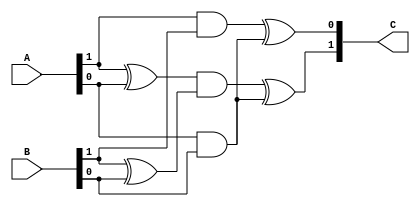
module mul_GF2_2(A,B,C);	//GF(2^2)

	input [1:0] A, B;
	output [1:0] C;

	assign C = { ((A[1]^A[0])&(B[1]^B[0]))^(A[0]&B[0]) , (A[1]&B[1])^(A[0]&B[0]) };

endmodule

module mul_GF2_4(A,B,C);	//GF(2^2^2)

	input [3:0] A, B;
	output [3:0] C;

	wire [1:0] b1, b2, c1, c2, c3, d1, d2, d3;

	assign b1 = A[3:2] ^ A[1:0];
	assign b2 = B[3:2] ^ B[1:0];

	mul_GF2_2 mul0(A[3:2], B[3:2], c1);
	mul_GF2_2 mul1(b1, b2, c2);
	mul_GF2_2 mul2(A[1:0], B[1:0], c3);

	assign d1 = {(c1[1]^c1[0]),c1[1]}  ;
	assign d2 = c2 ^ c3;
	assign d3 = d1 ^ c3;

	assign C = { d2, d3 };

endmodule

module x_invrs(A, B);		//4bit inverse transform
	input [3:0]A;
	output reg [3:0]B;

	always @(A) 
		case(A)
		4'b0000 : B = 4'b0000;
		4'b0001 : B = 4'b0001;
		4'b0010 : B = 4'b0011;
		4'b0011 : B = 4'b0010;
		4'b0100 : B = 4'b1111;
		4'b0101 : B = 4'b1100;
		4'b0110 : B = 4'b1001;
		4'b0111 : B = 4'b1011;
		4'b1000 : B = 4'b1010;
		4'b1001 : B = 4'b0110;
		4'b1010 : B = 4'b1000;
		4'b1011 : B = 4'b0111;
		4'b1100 : B = 4'b0101;
		4'b1101 : B = 4'b1110;
		4'b1110 : B = 4'b1101;
		4'b1111 : B = 4'b0100;
		default : B = 4'b0000;
		endcase
endmodule


module mul_invrs(A,C);		//8bit inverse transform

	input [7:0]A;
	output [7:0]C;

	wire [3:0] a1, a2, b1, b2, b3, c1, c2, d1, d2;

	assign a1 = A[7:4];
	assign a2 = A[3:0];
	
	assign b1 = { (a1[2] ^ a1[1] ^ a1[0]) , (a1[3] ^ a1[0]) , a1[3] , (a1[3] ^ a1[2]) };
	assign b2 = a1 ^ a2;

	mul_GF2_4 mul0(b2, a2, b3);

	assign c1 = b1 ^ b3;

	x_invrs inv(c1, c2);

	mul_GF2_4 mul1(a1, c2, d1); 
	mul_GF2_4 mul2(c2, b2, d2);

	assign C = { d1, d2 };

endmodule

module transf(A, B);		//field extension transform

	input [7:0]A;
	output [7:0]B;

	reg del[0:7][0:7];

always @(A) begin

	del[0][0]=1'b1; del[0][1]=1'b1; del[0][2]=1'b0; del[0][3]=1'b0; del[0][4]=1'b0; del[0][5]=1'b0; del[0][6]=1'b1; del[0][7]=1'b0;
	del[1][0]=1'b0; del[1][1]=1'b1; del[1][2]=1'b0; del[1][3]=1'b0; del[1][4]=1'b1; del[1][5]=1'b0; del[1][6]=1'b1; del[1][7]=1'b0;
	del[2][0]=1'b0; del[2][1]=1'b1; del[2][2]=1'b1; del[2][3]=1'b1; del[2][4]=1'b1; del[2][5]=1'b0; del[2][6]=1'b0; del[2][7]=1'b1;
	del[3][0]=1'b0; del[3][1]=1'b1; del[3][2]=1'b1; del[3][3]=1'b0; del[3][4]=1'b0; del[3][5]=1'b0; del[3][6]=1'b1; del[3][7]=1'b1;
	del[4][0]=1'b0; del[4][1]=1'b1; del[4][2]=1'b1; del[4][3]=1'b1; del[4][4]=1'b0; del[4][5]=1'b1; del[4][6]=1'b0; del[4][7]=1'b1;
	del[5][0]=1'b0; del[5][1]=1'b0; del[5][2]=1'b1; del[5][3]=1'b1; del[5][4]=1'b0; del[5][5]=1'b1; del[5][6]=1'b0; del[5][7]=1'b1;
	del[6][0]=1'b0; del[6][1]=1'b1; del[6][2]=1'b1; del[6][3]=1'b1; del[6][4]=1'b1; del[6][5]=1'b0; del[6][6]=1'b1; del[6][7]=1'b1;
	del[7][0]=1'b0; del[7][1]=1'b0; del[7][2]=1'b0; del[7][3]=1'b0; del[7][4]=1'b0; del[7][5]=1'b1; del[7][6]=1'b0; del[7][7]=1'b1;

end

	assign B[0]=(del[0][0]& A[0])^(del[0][1]&A[1])^(del[0][2]&A[2])^(del[0][3]&A[3])^(del[0][4]&A[4])^(del[0][5]&A[5])^(del[0][6]&A[6])^(del[0][7]&A[7]);
	assign B[1]=(del[1][0]& A[0])^(del[1][1]&A[1])^(del[1][2]&A[2])^(del[1][3]&A[3])^(del[1][4]&A[4])^(del[1][5]&A[5])^(del[1][6]&A[6])^(del[1][7]&A[7]); 
	assign B[2]=(del[2][0]& A[0])^(del[2][1]&A[1])^(del[2][2]&A[2])^(del[2][3]&A[3])^(del[2][4]&A[4])^(del[2][5]&A[5])^(del[2][6]&A[6])^(del[2][7]&A[7]);
	assign B[3]=(del[3][0]& A[0])^(del[3][1]&A[1])^(del[3][2]&A[2])^(del[3][3]&A[3])^(del[3][4]&A[4])^(del[3][5]&A[5])^(del[3][6]&A[6])^(del[3][7]&A[7]);
	assign B[4]=(del[4][0]& A[0])^(del[4][1]&A[1])^(del[4][2]&A[2])^(del[4][3]&A[3])^(del[4][4]&A[4])^(del[4][5]&A[5])^(del[4][6]&A[6])^(del[4][7]&A[7]);
	assign B[5]=(del[5][0]& A[0])^(del[5][1]&A[1])^(del[5][2]&A[2])^(del[5][3]&A[3])^(del[5][4]&A[4])^(del[5][5]&A[5])^(del[5][6]&A[6])^(del[5][7]&A[7]);
	assign B[6]=(del[6][0]& A[0])^(del[6][1]&A[1])^(del[6][2]&A[2])^(del[6][3]&A[3])^(del[6][4]&A[4])^(del[6][5]&A[5])^(del[6][6]&A[6])^(del[6][7]&A[7]);
	assign B[7]=(del[7][0]& A[0])^(del[7][1]&A[1])^(del[7][2]&A[2])^(del[7][3]&A[3])^(del[7][4]&A[4])^(del[7][5]&A[5])^(del[7][6]&A[6])^(del[7][7]&A[7]);

endmodule

module invrs_transf (A, B);	//inverse field extension transform

	input [7:0]A;
	output [7:0]B;

	reg delin[0:7][0:7];

always @(A) begin

	delin[0][0]=1'b1; delin[0][1]=1'b0; delin[0][2]=1'b1; delin[0][3]=1'b0; delin[0][4]=1'b1; delin[0][5]=1'b1; delin[0][6]=1'b1; delin[0][7]=1'b0;
	delin[1][0]=1'b0; delin[1][1]=1'b0; delin[1][2]=1'b0; delin[1][3]=1'b0; delin[1][4]=1'b1; delin[1][5]=1'b1; delin[1][6]=1'b0; delin[1][7]=1'b0;
	delin[2][0]=1'b0; delin[2][1]=1'b1; delin[2][2]=1'b1; delin[2][3]=1'b1; delin[2][4]=1'b1; delin[2][5]=1'b0; delin[2][6]=1'b0; delin[2][7]=1'b1;
	delin[3][0]=1'b0; delin[3][1]=1'b1; delin[3][2]=1'b1; delin[3][3]=1'b1; delin[3][4]=1'b1; delin[3][5]=1'b1; delin[3][6]=1'b0; delin[3][7]=1'b0;
	delin[4][0]=1'b0; delin[4][1]=1'b1; delin[4][2]=1'b1; delin[4][3]=1'b0; delin[4][4]=1'b1; delin[4][5]=1'b1; delin[4][6]=1'b1; delin[4][7]=1'b0;
	delin[5][0]=1'b0; delin[5][1]=1'b1; delin[5][2]=1'b0; delin[5][3]=1'b0; delin[5][4]=1'b0; delin[5][5]=1'b1; delin[5][6]=1'b1; delin[5][7]=1'b0;
	delin[6][0]=1'b0; delin[6][1]=1'b0; delin[6][2]=1'b1; delin[6][3]=1'b0; delin[6][4]=1'b0; delin[6][5]=1'b0; delin[6][6]=1'b1; delin[6][7]=1'b0;
	delin[7][0]=1'b0; delin[7][1]=1'b1; delin[7][2]=1'b0; delin[7][3]=1'b0; delin[7][4]=1'b0; delin[7][5]=1'b1; delin[7][6]=1'b1; delin[7][7]=1'b1;


end

	assign B[0]=(delin[0][0]& A[0])^(delin[0][1]&A[1])^(delin[0][2]&A[2])^(delin[0][3]&A[3])^(delin[0][4]&A[4])^(delin[0][5]&A[5])^(delin[0][6]&A[6])^(delin[0][7]&A[7]);
	assign B[1]=(delin[1][0]& A[0])^(delin[1][1]&A[1])^(delin[1][2]&A[2])^(delin[1][3]&A[3])^(delin[1][4]&A[4])^(delin[1][5]&A[5])^(delin[1][6]&A[6])^(delin[1][7]&A[7]); 
	assign B[2]=(delin[2][0]& A[0])^(delin[2][1]&A[1])^(delin[2][2]&A[2])^(delin[2][3]&A[3])^(delin[2][4]&A[4])^(delin[2][5]&A[5])^(delin[2][6]&A[6])^(delin[2][7]&A[7]);
	assign B[3]=(delin[3][0]& A[0])^(delin[3][1]&A[1])^(delin[3][2]&A[2])^(delin[3][3]&A[3])^(delin[3][4]&A[4])^(delin[3][5]&A[5])^(delin[3][6]&A[6])^(delin[3][7]&A[7]);
	assign B[4]=(delin[4][0]& A[0])^(delin[4][1]&A[1])^(delin[4][2]&A[2])^(delin[4][3]&A[3])^(delin[4][4]&A[4])^(delin[4][5]&A[5])^(delin[4][6]&A[6])^(delin[4][7]&A[7]);
	assign B[5]=(delin[5][0]& A[0])^(delin[5][1]&A[1])^(delin[5][2]&A[2])^(delin[5][3]&A[3])^(delin[5][4]&A[4])^(delin[5][5]&A[5])^(delin[5][6]&A[6])^(delin[5][7]&A[7]);
	assign B[6]=(delin[6][0]& A[0])^(delin[6][1]&A[1])^(delin[6][2]&A[2])^(delin[6][3]&A[3])^(delin[6][4]&A[4])^(delin[6][5]&A[5])^(delin[6][6]&A[6])^(delin[6][7]&A[7]);
	assign B[7]=(delin[7][0]& A[0])^(delin[7][1]&A[1])^(delin[7][2]&A[2])^(delin[7][3]&A[3])^(delin[7][4]&A[4])^(delin[7][5]&A[5])^(delin[7][6]&A[6])^(delin[7][7]&A[7]);

endmodule

module affin_transf (A, B);	//affin transform

	input [7:0]A;
	output [7:0]B;

	wire [7:0]C;

	reg aff[0:7][0:7];

always @(A) begin

	aff[0][0]=1'b1; aff[0][1]=1'b1; aff[0][2]=1'b1; aff[0][3]=1'b1; aff[0][4]=1'b1; aff[0][5]=1'b0; aff[0][6]=1'b0; aff[0][7]=1'b0;
	aff[1][0]=1'b0; aff[1][1]=1'b1; aff[1][2]=1'b1; aff[1][3]=1'b1; aff[1][4]=1'b1; aff[1][5]=1'b1; aff[1][6]=1'b0; aff[1][7]=1'b0;
	aff[2][0]=1'b0; aff[2][1]=1'b0; aff[2][2]=1'b1; aff[2][3]=1'b1; aff[2][4]=1'b1; aff[2][5]=1'b1; aff[2][6]=1'b1; aff[2][7]=1'b0;
	aff[3][0]=1'b0; aff[3][1]=1'b0; aff[3][2]=1'b0; aff[3][3]=1'b1; aff[3][4]=1'b1; aff[3][5]=1'b1; aff[3][6]=1'b1; aff[3][7]=1'b1;
	aff[4][0]=1'b1; aff[4][1]=1'b0; aff[4][2]=1'b0; aff[4][3]=1'b0; aff[4][4]=1'b1; aff[4][5]=1'b1; aff[4][6]=1'b1; aff[4][7]=1'b1;
	aff[5][0]=1'b1; aff[5][1]=1'b1; aff[5][2]=1'b0; aff[5][3]=1'b0; aff[5][4]=1'b0; aff[5][5]=1'b1; aff[5][6]=1'b1; aff[5][7]=1'b1;
	aff[6][0]=1'b1; aff[6][1]=1'b1; aff[6][2]=1'b1; aff[6][3]=1'b0; aff[6][4]=1'b0; aff[6][5]=1'b0; aff[6][6]=1'b1; aff[6][7]=1'b1;
	aff[7][0]=1'b1; aff[7][1]=1'b1; aff[7][2]=1'b1; aff[7][3]=1'b1; aff[7][4]=1'b0; aff[7][5]=1'b0; aff[7][6]=1'b0; aff[7][7]=1'b1;

end

	assign C[7]=(aff[0][0]& A[7])^(aff[0][1]&A[6])^(aff[0][2]&A[5])^(aff[0][3]&A[4])^(aff[0][4]&A[3])^(aff[0][5]&A[2])^(aff[0][6]&A[1])^(aff[0][7]&A[0]);
	assign C[6]=(aff[1][0]& A[7])^(aff[1][1]&A[6])^(aff[1][2]&A[5])^(aff[1][3]&A[4])^(aff[1][4]&A[3])^(aff[1][5]&A[2])^(aff[1][6]&A[1])^(aff[1][7]&A[0]); 
	assign C[5]=(aff[2][0]& A[7])^(aff[2][1]&A[6])^(aff[2][2]&A[5])^(aff[2][3]&A[4])^(aff[2][4]&A[3])^(aff[2][5]&A[2])^(aff[2][6]&A[1])^(aff[2][7]&A[0]);
	assign C[4]=(aff[3][0]& A[7])^(aff[3][1]&A[6])^(aff[3][2]&A[5])^(aff[3][3]&A[4])^(aff[3][4]&A[3])^(aff[3][5]&A[2])^(aff[3][6]&A[1])^(aff[3][7]&A[0]);
	assign C[3]=(aff[4][0]& A[7])^(aff[4][1]&A[6])^(aff[4][2]&A[5])^(aff[4][3]&A[4])^(aff[4][4]&A[3])^(aff[4][5]&A[2])^(aff[4][6]&A[1])^(aff[4][7]&A[0]);
	assign C[2]=(aff[5][0]& A[7])^(aff[5][1]&A[6])^(aff[5][2]&A[5])^(aff[5][3]&A[4])^(aff[5][4]&A[3])^(aff[5][5]&A[2])^(aff[5][6]&A[1])^(aff[5][7]&A[0]);
	assign C[1]=(aff[6][0]& A[7])^(aff[6][1]&A[6])^(aff[6][2]&A[5])^(aff[6][3]&A[4])^(aff[6][4]&A[3])^(aff[6][5]&A[2])^(aff[6][6]&A[1])^(aff[6][7]&A[0]);
	assign C[0]=(aff[7][0]& A[7])^(aff[7][1]&A[6])^(aff[7][2]&A[5])^(aff[7][3]&A[4])^(aff[7][4]&A[3])^(aff[7][5]&A[2])^(aff[7][6]&A[1])^(aff[7][7]&A[0]);

	assign B[7]=C[7]^1'b0;
	assign B[6]=C[6]^1'b1;
	assign B[5]=C[5]^1'b1;
	assign B[4]=C[4]^1'b0;
	assign B[3]=C[3]^1'b0;
	assign B[2]=C[2]^1'b0;
	assign B[1]=C[1]^1'b1;
	assign B[0]=C[0]^1'b1;

endmodule

module invrs_affin_transf (A, B);     //inverse affin transform

	input [7:0]A;
	output [7:0]B;

	wire [7:0]C;
	
	reg inaff[0:7][0:7];

always @(A) begin

	inaff[0][0]=1'b0; inaff[0][1]=1'b1; inaff[0][2]=1'b0; inaff[0][3]=1'b1; inaff[0][4]=1'b0; inaff[0][5]=1'b0; inaff[0][6]=1'b1; inaff[0][7]=1'b0;
	inaff[1][0]=1'b0; inaff[1][1]=1'b0; inaff[1][2]=1'b1; inaff[1][3]=1'b0; inaff[1][4]=1'b1; inaff[1][5]=1'b0; inaff[1][6]=1'b0; inaff[1][7]=1'b1;
	inaff[2][0]=1'b1; inaff[2][1]=1'b0; inaff[2][2]=1'b0; inaff[2][3]=1'b1; inaff[2][4]=1'b0; inaff[2][5]=1'b1; inaff[2][6]=1'b0; inaff[2][7]=1'b0;
	inaff[3][0]=1'b0; inaff[3][1]=1'b1; inaff[3][2]=1'b0; inaff[3][3]=1'b0; inaff[3][4]=1'b1; inaff[3][5]=1'b0; inaff[3][6]=1'b1; inaff[3][7]=1'b0;
	inaff[4][0]=1'b0; inaff[4][1]=1'b0; inaff[4][2]=1'b1; inaff[4][3]=1'b0; inaff[4][4]=1'b0; inaff[4][5]=1'b1; inaff[4][6]=1'b0; inaff[4][7]=1'b1;
	inaff[5][0]=1'b1; inaff[5][1]=1'b0; inaff[5][2]=1'b0; inaff[5][3]=1'b1; inaff[5][4]=1'b0; inaff[5][5]=1'b0; inaff[5][6]=1'b1; inaff[5][7]=1'b0;
	inaff[6][0]=1'b0; inaff[6][1]=1'b1; inaff[6][2]=1'b0; inaff[6][3]=1'b0; inaff[6][4]=1'b1; inaff[6][5]=1'b0; inaff[6][6]=1'b0; inaff[6][7]=1'b1;
	inaff[7][0]=1'b1; inaff[7][1]=1'b0; inaff[7][2]=1'b1; inaff[7][3]=1'b0; inaff[7][4]=1'b0; inaff[7][5]=1'b1; inaff[7][6]=1'b0; inaff[7][7]=1'b0;

end

	assign C[7]=(inaff[0][0]& A[7])^(inaff[0][1]&A[6])^(inaff[0][2]&A[5])^(inaff[0][3]&A[4])^(inaff[0][4]&A[3])^(inaff[0][5]&A[2])^(inaff[0][6]&A[1])^(inaff[0][7]&A[0]);
	assign C[6]=(inaff[1][0]& A[7])^(inaff[1][1]&A[6])^(inaff[1][2]&A[5])^(inaff[1][3]&A[4])^(inaff[1][4]&A[3])^(inaff[1][5]&A[2])^(inaff[1][6]&A[1])^(inaff[1][7]&A[0]); 
	assign C[5]=(inaff[2][0]& A[7])^(inaff[2][1]&A[6])^(inaff[2][2]&A[5])^(inaff[2][3]&A[4])^(inaff[2][4]&A[3])^(inaff[2][5]&A[2])^(inaff[2][6]&A[1])^(inaff[2][7]&A[0]);
	assign C[4]=(inaff[3][0]& A[7])^(inaff[3][1]&A[6])^(inaff[3][2]&A[5])^(inaff[3][3]&A[4])^(inaff[3][4]&A[3])^(inaff[3][5]&A[2])^(inaff[3][6]&A[1])^(inaff[3][7]&A[0]);
	assign C[3]=(inaff[4][0]& A[7])^(inaff[4][1]&A[6])^(inaff[4][2]&A[5])^(inaff[4][3]&A[4])^(inaff[4][4]&A[3])^(inaff[4][5]&A[2])^(inaff[4][6]&A[1])^(inaff[4][7]&A[0]);
	assign C[2]=(inaff[5][0]& A[7])^(inaff[5][1]&A[6])^(inaff[5][2]&A[5])^(inaff[5][3]&A[4])^(inaff[5][4]&A[3])^(inaff[5][5]&A[2])^(inaff[5][6]&A[1])^(inaff[5][7]&A[0]);
	assign C[1]=(inaff[6][0]& A[7])^(inaff[6][1]&A[6])^(inaff[6][2]&A[5])^(inaff[6][3]&A[4])^(inaff[6][4]&A[3])^(inaff[6][5]&A[2])^(inaff[6][6]&A[1])^(inaff[6][7]&A[0]);
	assign C[0]=(inaff[7][0]& A[7])^(inaff[7][1]&A[6])^(inaff[7][2]&A[5])^(inaff[7][3]&A[4])^(inaff[7][4]&A[3])^(inaff[7][5]&A[2])^(inaff[7][6]&A[1])^(inaff[7][7]&A[0]);

	assign B[7]=C[7]^1'b0;
	assign B[6]=C[6]^1'b0;
	assign B[5]=C[5]^1'b0;
	assign B[4]=C[4]^1'b0;
	assign B[3]=C[3]^1'b0;
	assign B[2]=C[2]^1'b1;
	assign B[1]=C[1]^1'b0;
	assign B[0]=C[0]^1'b1;

endmodule

module sbox (A, B);		//32bit sbox -> 8 character, 1 row

	input [31:0]A;
	output [31:0]B;

	wire [31:0]C;
	wire [31:0]D;
	wire [31:0]E;

transf trans0(.A(A[31:24]),.B(C[31:24]));		//field extension transform
mul_invrs s_box0(.A(C[31:24]),.C(D[31:24]));		//8bit inverse transform
invrs_transf intrans0(.A(D[31:24]),.B(E[31:24]));	//inverse field extension transform
affin_transf affin0(.A(E[31:24]),.B(B[31:24]));		//affin transform

transf trans1(.A(A[23:16]),.B(C[23:16])); 
mul_invrs s_box1(.A(C[23:16]),.C(D[23:16]));
invrs_transf intrans1(.A(D[23:16]),.B(E[23:16]));
affin_transf affin1(.A(E[23:16]),.B(B[23:16]));

transf trans2(.A(A[15:8]),.B(C[15:8])); 
mul_invrs s_box2(.A(C[15:8]),.C(D[15:8]));
invrs_transf intrans2(.A(D[15:8]),.B(E[15:8]));
affin_transf affin2(.A(E[15:8]),.B(B[15:8]));

transf trans3(.A(A[7:0]),.B(C[7:0])); 
mul_invrs s_box3(.A(C[7:0]),.C(D[7:0]));
invrs_transf intrans3(.A(D[7:0]),.B(E[7:0]));
affin_transf affin3(.A(E[7:0]),.B(B[7:0]));

endmodule

module invrs_sbox (A, B);	//32bit inverse sbox for deciper

	input [31:0]A;
	output [31:0]B;

	wire [31:0]C;
	wire [31:0]D;
	wire [31:0]E;

invrs_affin_transf inaffin4(.A(A[31:24]),.B(C[31:24]));	//inverse affin transform
transf trans4(.A(C[31:24]),.B(D[31:24]));		//field extension transform
mul_invrs s_box4(.A(D[31:24]),.C(E[31:24]));		//8bit inverse transform
invrs_transf intrans4(.A(E[31:24]),.B(B[31:24]));	//inverse field extension transform

invrs_affin_transf inaffin5(.A(A[23:16]),.B(C[23:16]));
transf trans5(.A(C[23:16]),.B(D[23:16]));
mul_invrs s_box5(.A(D[23:16]),.C(E[23:16]));
invrs_transf intrans5(.A(E[23:16]),.B(B[23:16]));

invrs_affin_transf inaffin6(.A(A[15:8]),.B(C[15:8]));
transf trans6(.A(C[15:8]),.B(D[15:8]));
mul_invrs s_box6(.A(D[15:8]),.C(E[15:8]));
invrs_transf intrans6(.A(E[15:8]),.B(B[15:8]));

invrs_affin_transf inaffin7(.A(A[7:0]),.B(C[7:0]));
transf trans7(.A(C[7:0]),.B(D[7:0]));
mul_invrs s_box7(.A(D[7:0]),.C(E[7:0]));
invrs_transf intrans7(.A(E[7:0]),.B(B[7:0]));

endmodule

/*
module sbox(A,B);

  input [31:0]A;
  output [31:0]B;

  wire [7:0] sbox [0:255];

  assign B[31:24] = sbox[A[31:24]];
  assign B[23:16] = sbox[A[23:16]];
  assign B[15:08] = sbox[A[15:08]];
  assign B[7:0] = sbox[A[7:0]];

  assign sbox[8'h00] = 8'h63;
  assign sbox[8'h01] = 8'h7c;
  assign sbox[8'h02] = 8'h77;
  assign sbox[8'h03] = 8'h7b;
  assign sbox[8'h04] = 8'hf2;
  assign sbox[8'h05] = 8'h6b;
  assign sbox[8'h06] = 8'h6f;
  assign sbox[8'h07] = 8'hc5;
  assign sbox[8'h08] = 8'h30;
  assign sbox[8'h09] = 8'h01;
  assign sbox[8'h0a] = 8'h67;
  assign sbox[8'h0b] = 8'h2b;
  assign sbox[8'h0c] = 8'hfe;
  assign sbox[8'h0d] = 8'hd7;
  assign sbox[8'h0e] = 8'hab;
  assign sbox[8'h0f] = 8'h76;
  assign sbox[8'h10] = 8'hca;
  assign sbox[8'h11] = 8'h82;
  assign sbox[8'h12] = 8'hc9;
  assign sbox[8'h13] = 8'h7d;
  assign sbox[8'h14] = 8'hfa;
  assign sbox[8'h15] = 8'h59;
  assign sbox[8'h16] = 8'h47;
  assign sbox[8'h17] = 8'hf0;
  assign sbox[8'h18] = 8'had;
  assign sbox[8'h19] = 8'hd4;
  assign sbox[8'h1a] = 8'ha2;
  assign sbox[8'h1b] = 8'haf;
  assign sbox[8'h1c] = 8'h9c;
  assign sbox[8'h1d] = 8'ha4;
  assign sbox[8'h1e] = 8'h72;
  assign sbox[8'h1f] = 8'hc0;
  assign sbox[8'h20] = 8'hb7;
  assign sbox[8'h21] = 8'hfd;
  assign sbox[8'h22] = 8'h93;
  assign sbox[8'h23] = 8'h26;
  assign sbox[8'h24] = 8'h36;
  assign sbox[8'h25] = 8'h3f;
  assign sbox[8'h26] = 8'hf7;
  assign sbox[8'h27] = 8'hcc;
  assign sbox[8'h28] = 8'h34;
  assign sbox[8'h29] = 8'ha5;
  assign sbox[8'h2a] = 8'he5;
  assign sbox[8'h2b] = 8'hf1;
  assign sbox[8'h2c] = 8'h71;
  assign sbox[8'h2d] = 8'hd8;
  assign sbox[8'h2e] = 8'h31;
  assign sbox[8'h2f] = 8'h15;
  assign sbox[8'h30] = 8'h04;
  assign sbox[8'h31] = 8'hc7;
  assign sbox[8'h32] = 8'h23;
  assign sbox[8'h33] = 8'hc3;
  assign sbox[8'h34] = 8'h18;
  assign sbox[8'h35] = 8'h96;
  assign sbox[8'h36] = 8'h05;
  assign sbox[8'h37] = 8'h9a;
  assign sbox[8'h38] = 8'h07;
  assign sbox[8'h39] = 8'h12;
  assign sbox[8'h3a] = 8'h80;
  assign sbox[8'h3b] = 8'he2;
  assign sbox[8'h3c] = 8'heb;
  assign sbox[8'h3d] = 8'h27;
  assign sbox[8'h3e] = 8'hb2;
  assign sbox[8'h3f] = 8'h75;
  assign sbox[8'h40] = 8'h09;
  assign sbox[8'h41] = 8'h83;
  assign sbox[8'h42] = 8'h2c;
  assign sbox[8'h43] = 8'h1a;
  assign sbox[8'h44] = 8'h1b;
  assign sbox[8'h45] = 8'h6e;
  assign sbox[8'h46] = 8'h5a;
  assign sbox[8'h47] = 8'ha0;
  assign sbox[8'h48] = 8'h52;
  assign sbox[8'h49] = 8'h3b;
  assign sbox[8'h4a] = 8'hd6;
  assign sbox[8'h4b] = 8'hb3;
  assign sbox[8'h4c] = 8'h29;
  assign sbox[8'h4d] = 8'he3;
  assign sbox[8'h4e] = 8'h2f;
  assign sbox[8'h4f] = 8'h84;
  assign sbox[8'h50] = 8'h53;
  assign sbox[8'h51] = 8'hd1;
  assign sbox[8'h52] = 8'h00;
  assign sbox[8'h53] = 8'hed;
  assign sbox[8'h54] = 8'h20;
  assign sbox[8'h55] = 8'hfc;
  assign sbox[8'h56] = 8'hb1;
  assign sbox[8'h57] = 8'h5b;
  assign sbox[8'h58] = 8'h6a;
  assign sbox[8'h59] = 8'hcb;
  assign sbox[8'h5a] = 8'hbe;
  assign sbox[8'h5b] = 8'h39;
  assign sbox[8'h5c] = 8'h4a;
  assign sbox[8'h5d] = 8'h4c;
  assign sbox[8'h5e] = 8'h58;
  assign sbox[8'h5f] = 8'hcf;
  assign sbox[8'h60] = 8'hd0;
  assign sbox[8'h61] = 8'hef;
  assign sbox[8'h62] = 8'haa;
  assign sbox[8'h63] = 8'hfb;
  assign sbox[8'h64] = 8'h43;
  assign sbox[8'h65] = 8'h4d;
  assign sbox[8'h66] = 8'h33;
  assign sbox[8'h67] = 8'h85;
  assign sbox[8'h68] = 8'h45;
  assign sbox[8'h69] = 8'hf9;
  assign sbox[8'h6a] = 8'h02;
  assign sbox[8'h6b] = 8'h7f;
  assign sbox[8'h6c] = 8'h50;
  assign sbox[8'h6d] = 8'h3c;
  assign sbox[8'h6e] = 8'h9f;
  assign sbox[8'h6f] = 8'ha8;
  assign sbox[8'h70] = 8'h51;
  assign sbox[8'h71] = 8'ha3;
  assign sbox[8'h72] = 8'h40;
  assign sbox[8'h73] = 8'h8f;
  assign sbox[8'h74] = 8'h92;
  assign sbox[8'h75] = 8'h9d;
  assign sbox[8'h76] = 8'h38;
  assign sbox[8'h77] = 8'hf5;
  assign sbox[8'h78] = 8'hbc;
  assign sbox[8'h79] = 8'hb6;
  assign sbox[8'h7a] = 8'hda;
  assign sbox[8'h7b] = 8'h21;
  assign sbox[8'h7c] = 8'h10;
  assign sbox[8'h7d] = 8'hff;
  assign sbox[8'h7e] = 8'hf3;
  assign sbox[8'h7f] = 8'hd2;
  assign sbox[8'h80] = 8'hcd;
  assign sbox[8'h81] = 8'h0c;
  assign sbox[8'h82] = 8'h13;
  assign sbox[8'h83] = 8'hec;
  assign sbox[8'h84] = 8'h5f;
  assign sbox[8'h85] = 8'h97;
  assign sbox[8'h86] = 8'h44;
  assign sbox[8'h87] = 8'h17;
  assign sbox[8'h88] = 8'hc4;
  assign sbox[8'h89] = 8'ha7;
  assign sbox[8'h8a] = 8'h7e;
  assign sbox[8'h8b] = 8'h3d;
  assign sbox[8'h8c] = 8'h64;
  assign sbox[8'h8d] = 8'h5d;
  assign sbox[8'h8e] = 8'h19;
  assign sbox[8'h8f] = 8'h73;
  assign sbox[8'h90] = 8'h60;
  assign sbox[8'h91] = 8'h81;
  assign sbox[8'h92] = 8'h4f;
  assign sbox[8'h93] = 8'hdc;
  assign sbox[8'h94] = 8'h22;
  assign sbox[8'h95] = 8'h2a;
  assign sbox[8'h96] = 8'h90;
  assign sbox[8'h97] = 8'h88;
  assign sbox[8'h98] = 8'h46;
  assign sbox[8'h99] = 8'hee;
  assign sbox[8'h9a] = 8'hb8;
  assign sbox[8'h9b] = 8'h14;
  assign sbox[8'h9c] = 8'hde;
  assign sbox[8'h9d] = 8'h5e;
  assign sbox[8'h9e] = 8'h0b;
  assign sbox[8'h9f] = 8'hdb;
  assign sbox[8'ha0] = 8'he0;
  assign sbox[8'ha1] = 8'h32;
  assign sbox[8'ha2] = 8'h3a;
  assign sbox[8'ha3] = 8'h0a;
  assign sbox[8'ha4] = 8'h49;
  assign sbox[8'ha5] = 8'h06;
  assign sbox[8'ha6] = 8'h24;
  assign sbox[8'ha7] = 8'h5c;
  assign sbox[8'ha8] = 8'hc2;
  assign sbox[8'ha9] = 8'hd3;
  assign sbox[8'haa] = 8'hac;
  assign sbox[8'hab] = 8'h62;
  assign sbox[8'hac] = 8'h91;
  assign sbox[8'had] = 8'h95;
  assign sbox[8'hae] = 8'he4;
  assign sbox[8'haf] = 8'h79;
  assign sbox[8'hb0] = 8'he7;
  assign sbox[8'hb1] = 8'hc8;
  assign sbox[8'hb2] = 8'h37;
  assign sbox[8'hb3] = 8'h6d;
  assign sbox[8'hb4] = 8'h8d;
  assign sbox[8'hb5] = 8'hd5;
  assign sbox[8'hb6] = 8'h4e;
  assign sbox[8'hb7] = 8'ha9;
  assign sbox[8'hb8] = 8'h6c;
  assign sbox[8'hb9] = 8'h56;
  assign sbox[8'hba] = 8'hf4;
  assign sbox[8'hbb] = 8'hea;
  assign sbox[8'hbc] = 8'h65;
  assign sbox[8'hbd] = 8'h7a;
  assign sbox[8'hbe] = 8'hae;
  assign sbox[8'hbf] = 8'h08;
  assign sbox[8'hc0] = 8'hba;
  assign sbox[8'hc1] = 8'h78;
  assign sbox[8'hc2] = 8'h25;
  assign sbox[8'hc3] = 8'h2e;
  assign sbox[8'hc4] = 8'h1c;
  assign sbox[8'hc5] = 8'ha6;
  assign sbox[8'hc6] = 8'hb4;
  assign sbox[8'hc7] = 8'hc6;
  assign sbox[8'hc8] = 8'he8;
  assign sbox[8'hc9] = 8'hdd;
  assign sbox[8'hca] = 8'h74;
  assign sbox[8'hcb] = 8'h1f;
  assign sbox[8'hcc] = 8'h4b;
  assign sbox[8'hcd] = 8'hbd;
  assign sbox[8'hce] = 8'h8b;
  assign sbox[8'hcf] = 8'h8a;
  assign sbox[8'hd0] = 8'h70;
  assign sbox[8'hd1] = 8'h3e;
  assign sbox[8'hd2] = 8'hb5;
  assign sbox[8'hd3] = 8'h66;
  assign sbox[8'hd4] = 8'h48;
  assign sbox[8'hd5] = 8'h03;
  assign sbox[8'hd6] = 8'hf6;
  assign sbox[8'hd7] = 8'h0e;
  assign sbox[8'hd8] = 8'h61;
  assign sbox[8'hd9] = 8'h35;
  assign sbox[8'hda] = 8'h57;
  assign sbox[8'hdb] = 8'hb9;
  assign sbox[8'hdc] = 8'h86;
  assign sbox[8'hdd] = 8'hc1;
  assign sbox[8'hde] = 8'h1d;
  assign sbox[8'hdf] = 8'h9e;
  assign sbox[8'he0] = 8'he1;
  assign sbox[8'he1] = 8'hf8;
  assign sbox[8'he2] = 8'h98;
  assign sbox[8'he3] = 8'h11;
  assign sbox[8'he4] = 8'h69;
  assign sbox[8'he5] = 8'hd9;
  assign sbox[8'he6] = 8'h8e;
  assign sbox[8'he7] = 8'h94;
  assign sbox[8'he8] = 8'h9b;
  assign sbox[8'he9] = 8'h1e;
  assign sbox[8'hea] = 8'h87;
  assign sbox[8'heb] = 8'he9;
  assign sbox[8'hec] = 8'hce;
  assign sbox[8'hed] = 8'h55;
  assign sbox[8'hee] = 8'h28;
  assign sbox[8'hef] = 8'hdf;
  assign sbox[8'hf0] = 8'h8c;
  assign sbox[8'hf1] = 8'ha1;
  assign sbox[8'hf2] = 8'h89;
  assign sbox[8'hf3] = 8'h0d;
  assign sbox[8'hf4] = 8'hbf;
  assign sbox[8'hf5] = 8'he6;
  assign sbox[8'hf6] = 8'h42;
  assign sbox[8'hf7] = 8'h68;
  assign sbox[8'hf8] = 8'h41;
  assign sbox[8'hf9] = 8'h99;
  assign sbox[8'hfa] = 8'h2d;
  assign sbox[8'hfb] = 8'h0f;
  assign sbox[8'hfc] = 8'hb0;
  assign sbox[8'hfd] = 8'h54;
  assign sbox[8'hfe] = 8'hbb;
  assign sbox[8'hff] = 8'h16;

endmodule 
*/